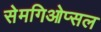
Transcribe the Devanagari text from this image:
सेमगिओप्सल